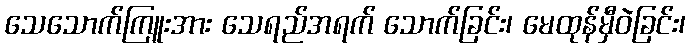
သေသောက်ကြူးအား သေရည်အရက် သောက်ခြင်း၊ မေထုန်မှီဝဲခြင်း၊